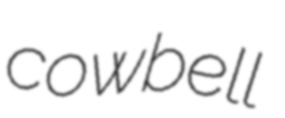
cowbell